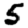
Digit: 5